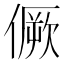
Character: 𠎮